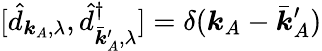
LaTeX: [\hat{d}_{\boldsymbol{k}_{A},\lambda},\hat{d}_{\bar{\boldsymbol{k}}_{A}^{\prime},\lambda}^{\dagger}]=\delta(\boldsymbol{k}_{A}-\bar{\boldsymbol{k}}_{A}^{\prime})